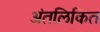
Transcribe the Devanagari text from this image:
अंतलिकित